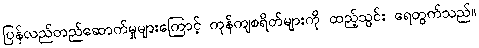
ပြန်လည်တည်ဆောက်မှုများကြောင့် ကုန်ကျစရိတ်များကို ထည့်သွင်း ရေတွက်သည်။